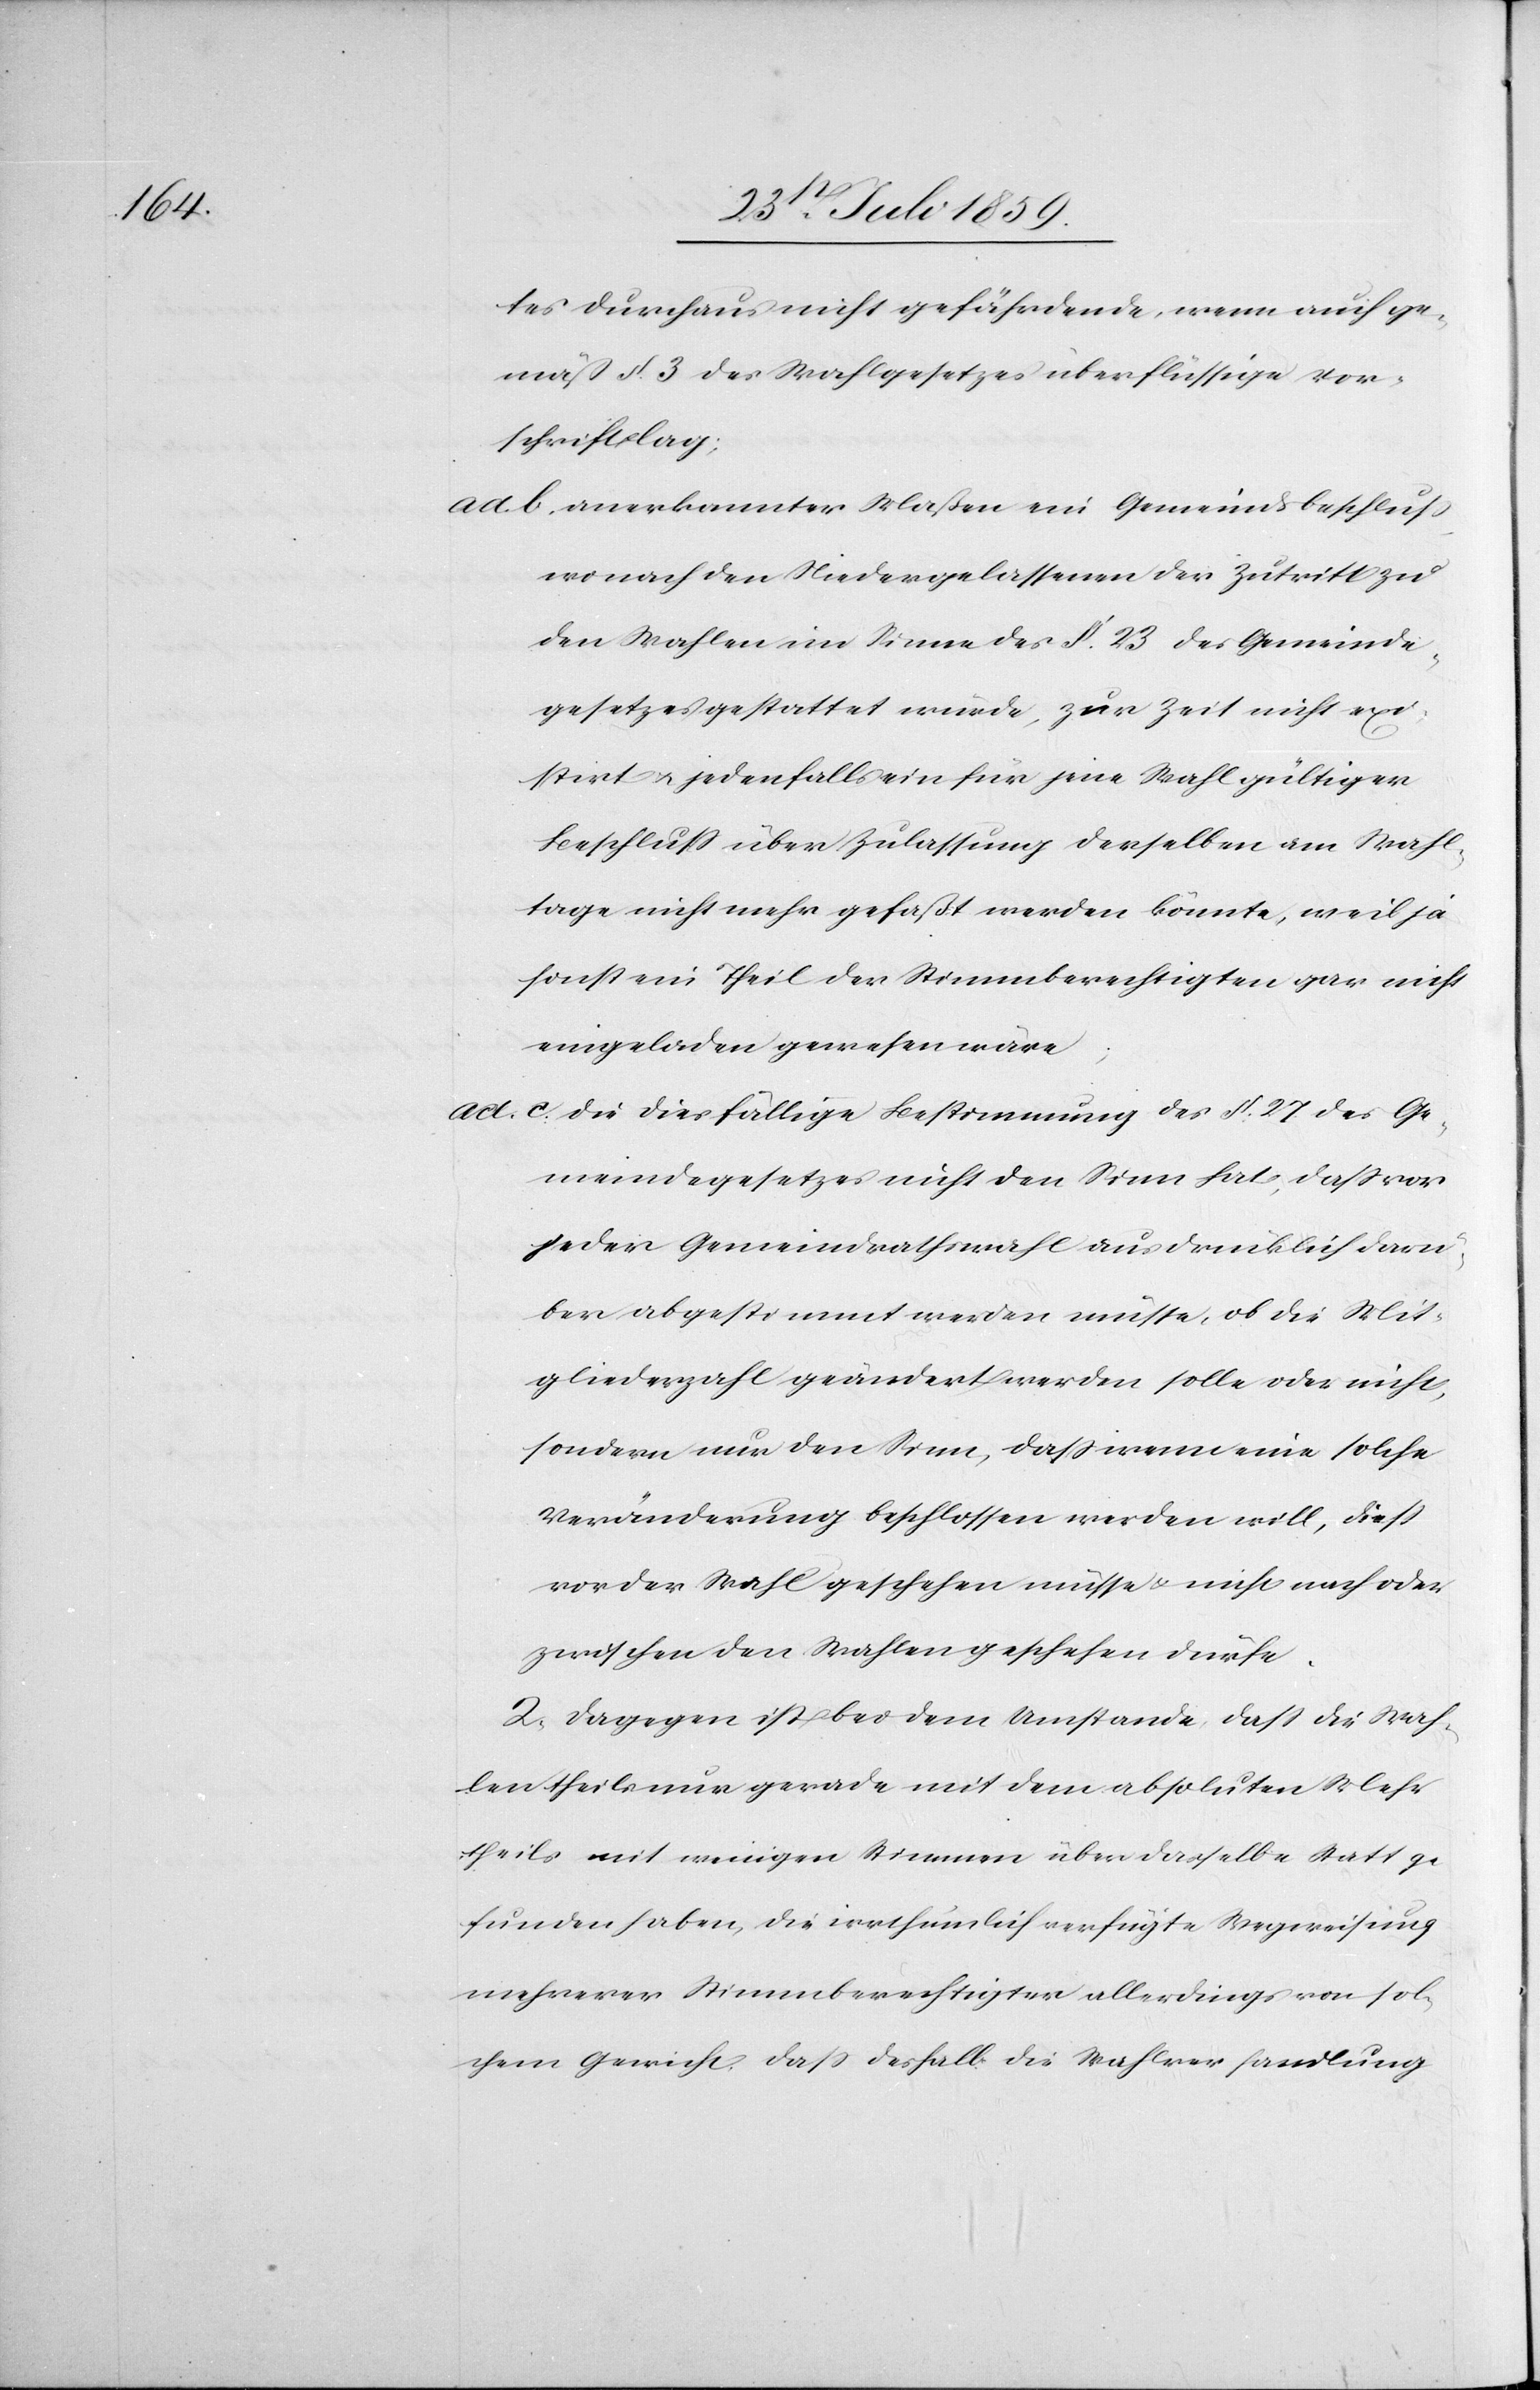
tes durchaus nicht gefährdende, wenn auch ge¬
mäß § 3 des Wahlgesetzes überflüssige Vor¬
schrift lag:
ad. b. anerkannter Maßen ein Gemeindsbeschluß
wonach den Niedergelassenen der Zutritt zu
den Wahlen im Sinne des § 23 des Gemeinde¬
gesetzes gestattet würde, zur Zeit nicht exi¬
stirt u. jedenfalls ein für jene Wahl gültiger
Beschluß über Zulassung derselben am Wahl¬
tage nicht mehr gefaßt werden könnte, weil ja
sonst ein Theil der Stimmberechtigten gar nicht
eingeladen gewesen wäre;
ad. c. die diesfällige Bestimmung des § 27 des Ge¬
meindegesetzes nicht den Sinn hat, daß vor
jeder Gemeindrathswahl ausdrücklich darü¬
ber abgestimmt werden müsse, ob die Mit¬
gliederzahl geändert werden solle oder nicht,
sondern nur den Sinn, daß wenn eine solche
Veränderung beschlossen werden will, dieß
vor der Wahl geschehen müsse u. nicht nach oder
zwischen den Wahlen geschehen dürfe.
2. Dagegen ist bei dem Umstande, daß die Wah¬
len theils nur gerade mit dem absoluten Mehr¬
theils mit wenigen Stimmen über dasselbe Statt ge¬
funden haben, die irrthümlich verfügte Wegweisung
mehrerer Stimmberechtigter allerdings von sol¬
chem Gewicht, daß deshalb die Wahlverhandlung